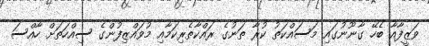
ވަޒީފާއާ ބެހޭ ގާނޫނުގައި މަސައްކަތު ކުރާ ތަނުގެ ރައްކާތެރިކަމާއި މުވައްޒިފުންގެ ސިއްހަތަށް ހާއްސަ